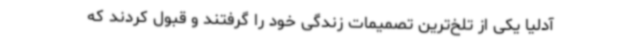
آدلیا یکی از تلخ‌ترین تصمیمات زندگی‌ خود را گرفتند و قبول کردند که